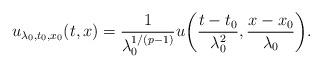
LaTeX: \begin{align*}u_{\lambda_0,t_0,x_0}(t,x)=\frac{1}{\lambda_0^{1/(p-1)}}u\bigg(\frac{t-t_0}{\lambda_0^2},\frac{x-x_0}{\lambda_0}\bigg).\end{align*}